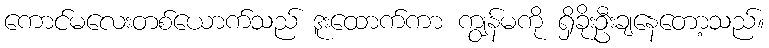
ကောင်မလေးတစ်ယောက်သည် ဒူးထောက်ကာ ကျွန်မကို ရှိခိုးဦးချနေတော့သည်။